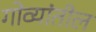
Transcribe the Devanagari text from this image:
गोव्यांतील